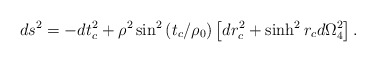
\begin{align*}ds^2=-dt_c^2+\rho^2\sin^2\left(t_c/\rho_0\right)\left[dr_c^2+\sinh^2 r_c d\Omega_4^2\right] .\end{align*}